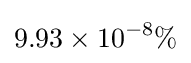
9.93\times 10^{-8}\%